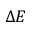
\Delta E